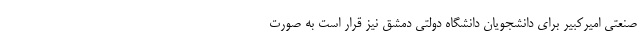
صنعتی امیرکبیر برای دانشجویان دانشگاه دولتی دمشق نیز قرار است به صورت